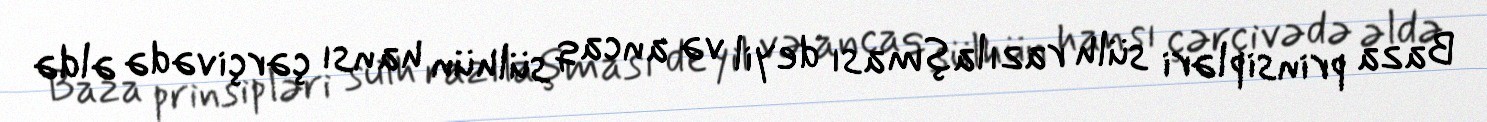
Baza prinsipləri sülh razılaşması deyil və ancaq sülhün hansı çərçivədə əldə